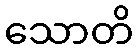
သောတိ